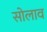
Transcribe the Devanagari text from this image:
सोलाव